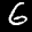
Label: 6